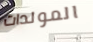
المولدات